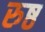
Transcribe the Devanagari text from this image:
रुष्ठ